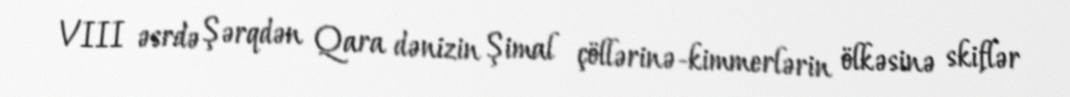
VIII əsrdə Şərqdən Qara dənizin Şimal çöllərinə-kimmerlərin ölkəsinə skiflər